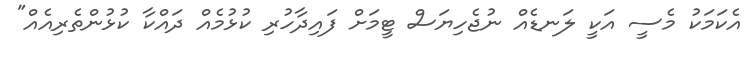
އެކަމަކު މެސީ އަކީ ލަނޑެއް ނުޖެހިޔަސް ޓީމަށް ފައިދާހުރި ކުޅުމެއް ދައްކާ ކުޅުންތެރިއެއް"